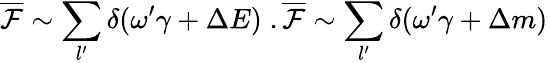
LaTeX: \overline{{{\cal F}}}\sim\sum_{l^{\prime}}\delta(\omega^{\prime}\gamma+\Delta E)\; .\overline{{{\cal F}}}\sim\sum_{l^{\prime}}\delta(\omega^{\prime}\gamma+\Delta m)